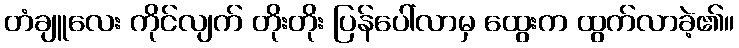
တံချူလေး ကိုင်လျက် တိုးတိုး ပြန်ပေါ်လာမှ ထွေးက ထွက်လာခဲ့၏။